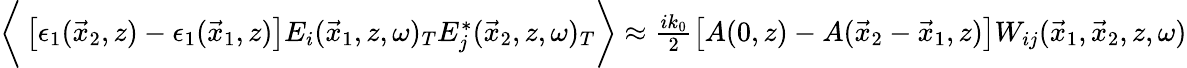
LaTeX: \begin{array}{r}{\bigg\langle\left[\epsilon_{1}(\vec{x}_{2},z)-\epsilon_{1}(\vec{x}_{1},z)\right]E_{i}(\vec{x}_{1},z,\omega)_{T}E_{j}^{*}(\vec{x}_{2},z,\omega)_{T}\bigg\rangle\approx\frac{ik_{0}}{2}\left[A(0,z)-A(\vec{x}_{2}-\vec{x}_{1},z)\right]W_{ij}(\vec{x}_{1},\vec{x}_{2},z,\omega)}\end{array}